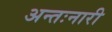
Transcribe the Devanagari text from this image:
अन्तःनारी